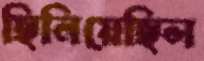
ছিনিয়েছিল